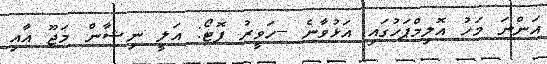
އަންނަ މަހު އޮލިމްޕަހުގައި އަޅުވާނެ --ހަވީރު ފޮޓޯ: އަލީ ނިޝާން މަޖޫ އާއި